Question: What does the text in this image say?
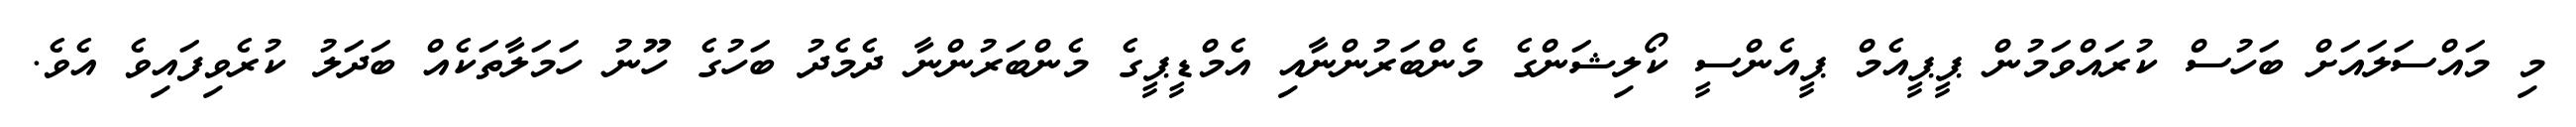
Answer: މި މައްސަލައަށް ބަހުސް ކުރައްވަމުން ޕީޕީއެމް ޕީއެންސީ ކޯލިޝަންގެ މެންބަރުންނާއި އެމްޑީޕީގެ މެންބަރުންނާ ދެމެދު ބަހުގެ ހޫނު ހަމަލާތަކެއް ބަދަލު ކުރެވިފައިވެ އެވެ.